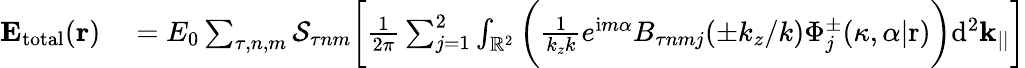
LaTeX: \begin{array}{rl}{\mathbf{E_{\mathrm{total}}}(\mathbf{r})}&{{}=E_{0}\sum_{\tau,n,m}\mathcal{S}_{\tau nm}\bigg[\frac{1}{2\pi}\sum_{j=1}^{2}\int_{\mathbb{R}^{2}}\bigg(\frac{1}{k_{z}k}e^{\mathrm{i}m\alpha}B_{\tau nmj}(\pm k_{z}/k)\Phi_{j}^{\pm}(\kappa,\alpha|\mathrm{r})\bigg)\mathrm{d}^{2}\mathbf{k}_{||}\bigg]}\end{array}